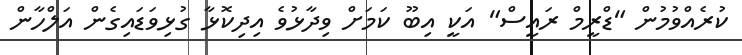
ކުރެއްވުމުން "ޑްރީމް ރައީސް" އަކީ އިބޫ ކަމަށް ވިދާޅުވެ އިދިކޮޅާ ގުޅިވަޑައިގެން އަލްހާން